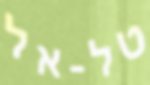
טל-אל